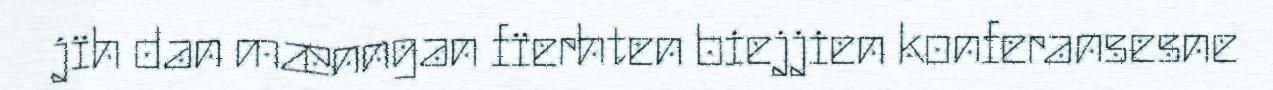
jïh dan mænngan fïerhten biejjien konferansesne